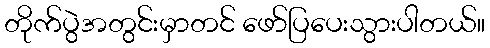
တိုက်ပွဲအတွင်းမှာတင် ဖော်ပြပေးသွားပါတယ်။